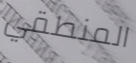
المنطقي